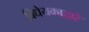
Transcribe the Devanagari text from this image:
विधेयकाद्वारे